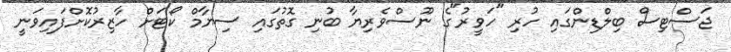
ޖަސްޓިސް ބިލްޑިންގައި ހުރި "ހަވީރު"ގެ ނޫސްވެރިޔާ ބުނި ގޮތުގައި ސިޔާމް ކޯޓަށް ހާޒިރުކޮށްފައިވަނީ